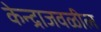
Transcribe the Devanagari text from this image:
केन्द्राजवळील